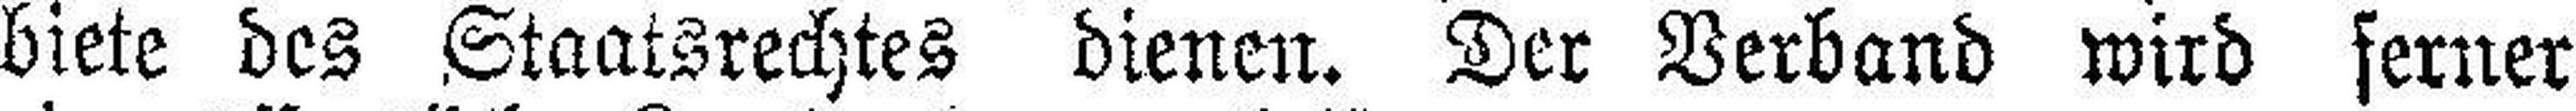
biete des Staatsrechtes dienen. Der Verband wird ferner